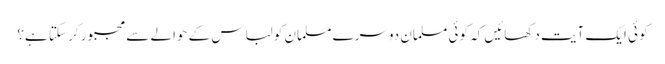
کوئی ایک آیت دکھائیں کہ کوئی مسلمان دوسرے مسلمان کو لباس کے حوالے سے مجبور کر سکتا ہے؟